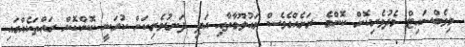
މިވެބްސައިޓް މެދުވެރިކޮށް ކޮންމެ ރަށެއްގެވެސް މައުލޫމާތާއި އަދި ދަނޑުވެރިކަން ކުރަނީ ކޮންކޮން ރައްތަކެއްގައި